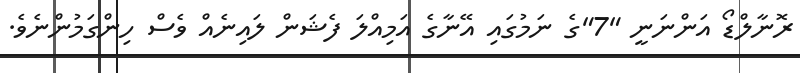
ރޮނާލްޑޯ އަންނަނީ "7"ގެ ނަމުގައި އޭނާގެ އަމިއްލަ ފެޝަން ލައިނެއް ވެސް ހިންގަމުންނެވެ.